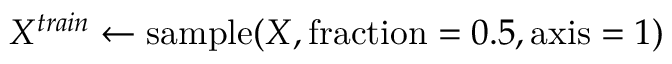
X ^ { t r a i n } \gets \mathrm { s a m p l e } ( X , \mathrm { f r a c t i o n } = 0 . 5 , \mathrm { a x i s } = 1 )